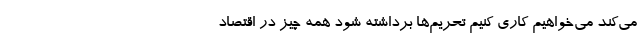
می‌کند می‌خواهیم کاری کنیم تحریم‌ها برداشته شود همه چیز در اقتصاد